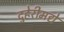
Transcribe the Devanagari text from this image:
दुहेरीमद्ये